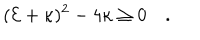
LaTeX: ( { \cal E } + \kappa ) ^ { 2 } - 4 \kappa \geq 0 \quad .